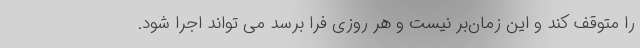
را متوقف کند و این زمان‌بر نیست و هر روزی فرا برسد می تواند اجرا شود.